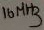
Text: 16MHz